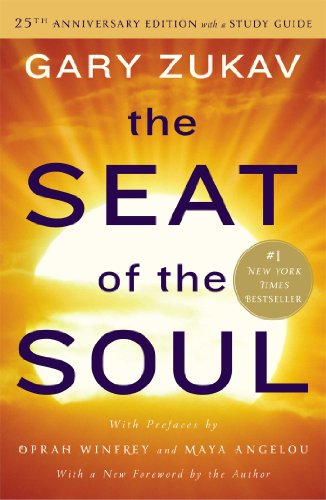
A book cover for The Seat of the Soul: 25th Anniversary Edition with a Study Guide; Gary Zukav; Self-Help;